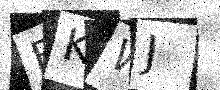
Text: FKWJ